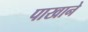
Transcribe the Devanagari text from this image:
पाखाने